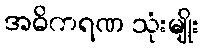
အဓိကရဏ သုံးမျိုး